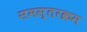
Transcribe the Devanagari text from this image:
समस्तरक्रम